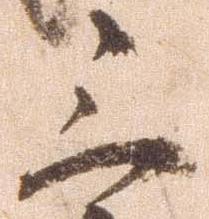
三